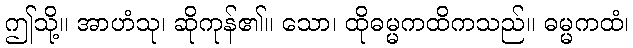
ဤသို့။ အာဟံသု၊ ဆိုကုန်၏။ သော၊ ထိုဓမ္မကထိကသည်။ ဓမ္မကထံ၊